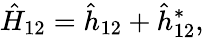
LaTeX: \hat{H}_{12}=\hat{h}_{12}+\hat{h}_{12}^{*},